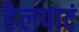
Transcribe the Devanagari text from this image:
हेलपाटं